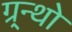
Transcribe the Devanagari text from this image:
ग्र्न्थो